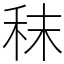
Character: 秣